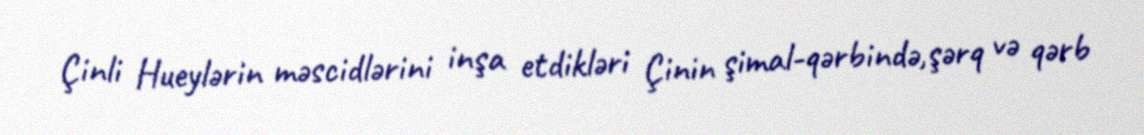
Çinli Hueylərin məscidlərini inşa etdikləri Çinin şimal-qərbində,şərq və qərb